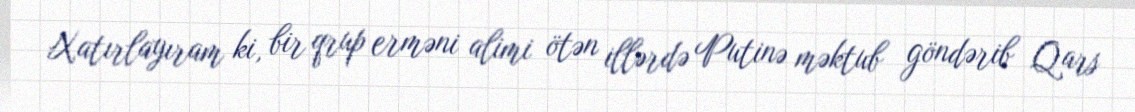
Xatırlayıram ki, bir qrup erməni alimi ötən illərdə Putinə məktub göndərib Qars